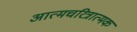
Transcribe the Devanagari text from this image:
अात्मचरित्रात्मक